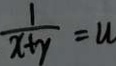
\frac { 1 } { x + y } = u